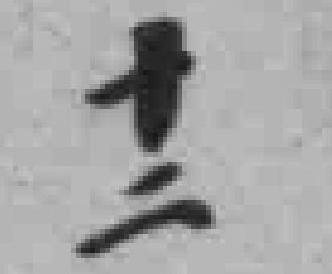
十二